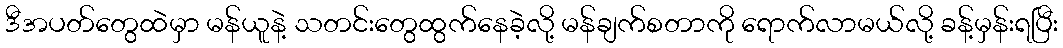
ဒီအပတ်တွေထဲမှာ မန်ယူနဲ့ သတင်းတွေထွက်နေခဲ့လို့ မန်ချက်စတာကို ရောက်လာမယ်လို့ ခန့်မှန်းရပြီး